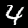
Digit: 4